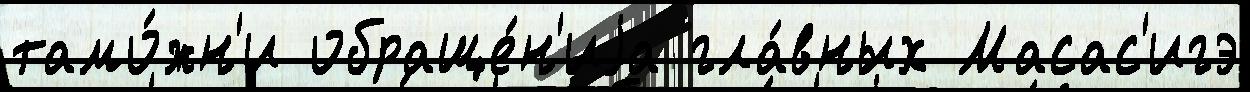
тамо́жн'и обраще́н'иjа гла́вных Масас'игэ